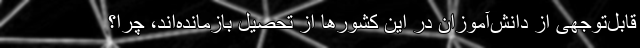
قابل‌توجهی از دانش‌آموزان در این کشورها از تحصیل بازمانده‌اند، چرا؟